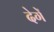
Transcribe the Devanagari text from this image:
देगेें